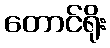
တောင်ရိုး